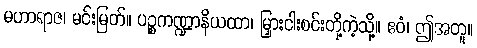
မဟာရာဇ၊ မင်းမြတ်။ ပဉ္စကဏ္ဍာနိယထာ၊ မြှားငါးစင်းတို့ကဲ့သို့။ ဧဝံ၊ ဤအတူ။